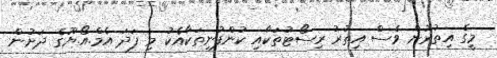
މީގެ އިތުރުން ވެސް އިތުރު ރިސޯޓުތަކާއި ކުންފުނިތަކާއެކު މި ފަދަ އެމް.އޯ.ޔޫގެ ދަށުން